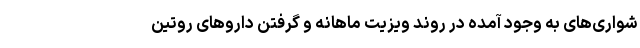
شواری‌های به وجود آمده در روند ویزیت ماهانه و گرفتن داروهای روتین